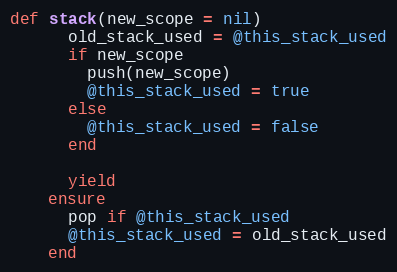
Language: Ruby
def stack(new_scope = nil)
      old_stack_used = @this_stack_used
      if new_scope
        push(new_scope)
        @this_stack_used = true
      else
        @this_stack_used = false
      end

      yield
    ensure
      pop if @this_stack_used
      @this_stack_used = old_stack_used
    end